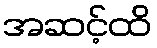
အဆင့်ထိ